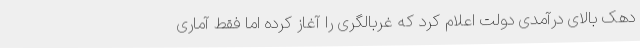
دهک بالای درآمدی دولت اعلام کرد که غربالگری را آغاز کرده اما فقط آماری